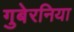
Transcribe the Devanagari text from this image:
गुबेरनिया